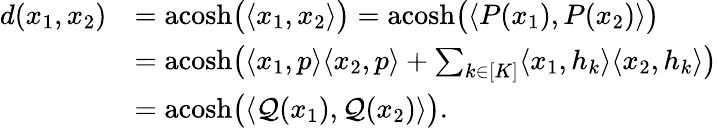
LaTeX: \begin{array}{rl}{d(x_{1},x_{2})}&{=\mathrm{acosh}\big(\langle x_{1},x_{2}\rangle\big)=\mathrm{acosh}\big(\langle P(x_{1}),P(x_{2})\rangle\big)}\\ &{=\mathrm{acosh}\big(\langle x_{1},p\rangle\langle x_{2},p\rangle+\sum_{k\in[K]}\langle x_{1},h_{k}\rangle\langle x_{2},h_{k}\rangle\big)}\\ &{=\mathrm{acosh}\big(\langle\mathcal{Q}(x_{1}),\mathcal{Q}(x_{2})\rangle\big).}\end{array}